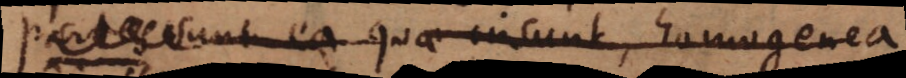
unt ea quae insunt, homogenea